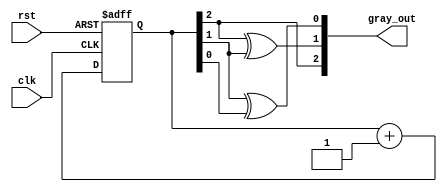
module gray_code_counter (
    input wire clk,            // Clock signal
    input wire rst,            // Asynchronous reset
    output reg [2:0] gray_out  // 3-bit Gray code output
);

    reg [2:0] binary_count;    // 3-bit binary counter

    // Binary to Gray code conversion
    function [2:0] binary_to_gray;
        input [2:0] binary;
        begin
            binary_to_gray[2] = binary[2]; // MSB remains the same
            binary_to_gray[1] = binary[2] ^ binary[1];
            binary_to_gray[0] = binary[1] ^ binary[0];
        end
    endfunction

    // Always block for synchronous counting and reset
    always @(posedge clk or posedge rst) begin
        if (rst) begin
            binary_count <= 3'b000; // Initialize binary count to 0
        end else begin
            binary_count <= binary_count + 1; // Increment binary count
        end
    end

    // Always block to update Gray code output
    always @(binary_count) begin
        gray_out <= binary_to_gray(binary_count); // Convert binary to Gray code
    end

endmodule